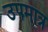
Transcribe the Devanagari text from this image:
उपमात्र